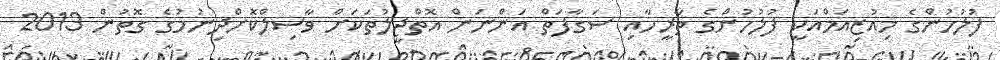
ފުލުހުންގެ މިއުޒިއަމްއަކީ ފުލުހުންގެ ތާރީހާއި ސަގާފަތް އަންނަން އޮތްޖީލުތަކަށް ވާސިލްކޮށްދިނުމުގެ ގޮތުން 2013